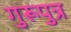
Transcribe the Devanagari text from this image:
गुरूपुत्र